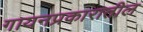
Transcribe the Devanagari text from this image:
गायनप्रकारातील